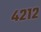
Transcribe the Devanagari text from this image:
४२१२